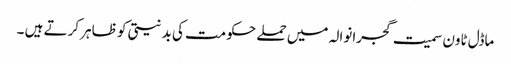
ماڈل ٹاون سمیت گجرانوالہ میں حملے حکومت کی بد نیتی کو ظاہر کرتے ہیں ۔